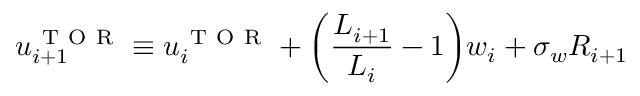
u _ { i + 1 } ^ { \mathrm { ~ T ~ O ~ R ~ } } \equiv u _ { i } ^ { \mathrm { ~ T ~ O ~ R ~ } } + \bigg ( \frac { L _ { i + 1 } } { L _ { i } } - 1 \bigg ) w _ { i } + \sigma _ { w } R _ { i + 1 }